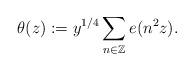
LaTeX: \begin{align*} \theta(z):=y^{1/4}\sum_{n\in \mathbb{Z}} e(n^2z). \end{align*}